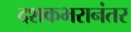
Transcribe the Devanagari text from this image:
दशकभरानंतर